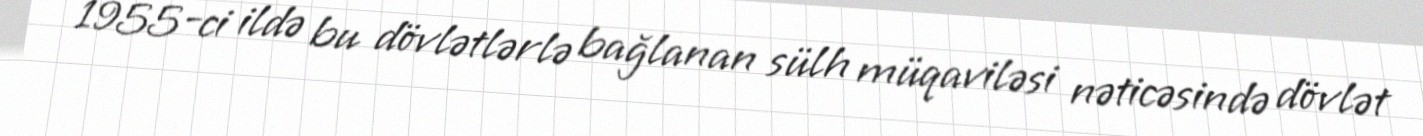
1955-ci ildə bu dövlətlərlə bağlanan sülh müqaviləsi nəticəsində dövlət